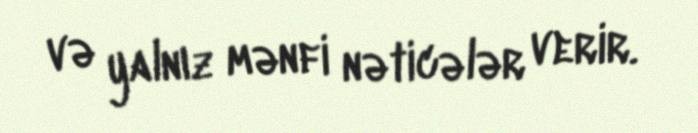
və yalnız mənfi nəticələr verir.